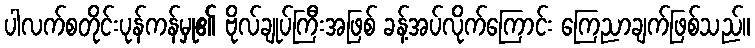
ပါလက်စတိုင်းပုန်ကန်မှု၏ ဗိုလ်ချုပ်ကြီးအဖြစ် ခန့်အပ်လိုက်ကြောင်း ကြေညာချက်ဖြစ်သည်။